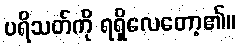
ပရိသတ်ကို ရရှိလေတော့၏။